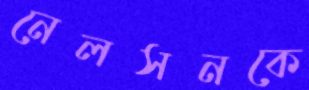
নেলসনকে